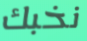
نخبك